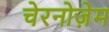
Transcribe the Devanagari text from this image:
चेरनोज़ेम